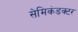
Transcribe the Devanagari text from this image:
सेमिकंडक्टर